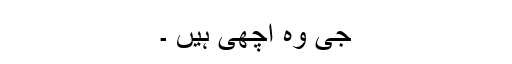
جی وہ اچھی ہیں ۔